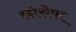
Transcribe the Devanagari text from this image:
छोरोंपर